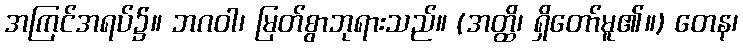
အကြင်အရပ်၌။ ဘဂဝါ၊ မြတ်စွာဘုရားသည်။ (အတ္ထိ၊ ရှိတော်မူ၏။) တေန၊